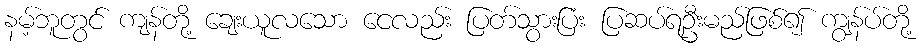
နမ့်ဘူတွင် ကျန်တို့ ချေးယူလသော ငေလည်း ပြတ်သွားပြံး ပြဆပ်ရဦးမည်ဖြစ်၍ ကျွန်ပ်တို့